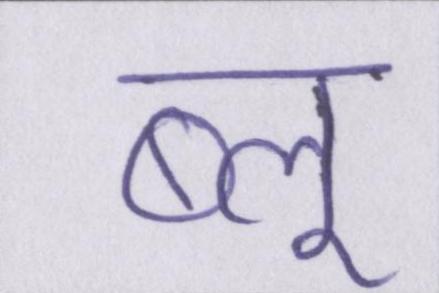
ब्लू